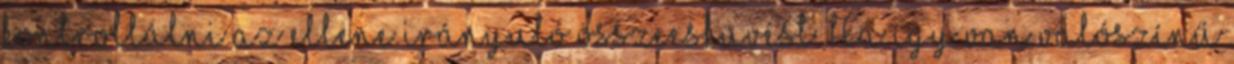
kontrollálni az ellene irányuló összeesküvést. Ha így van valószínű